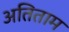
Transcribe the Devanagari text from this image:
अतिताम